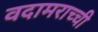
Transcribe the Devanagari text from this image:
वदामराच्ची